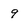
Character: 9